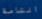
التامة